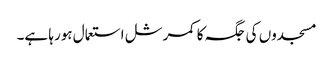
مسجدوں کی جگہ کا کمرشل استعمال ہورہا ہے۔